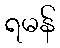
ရမန်